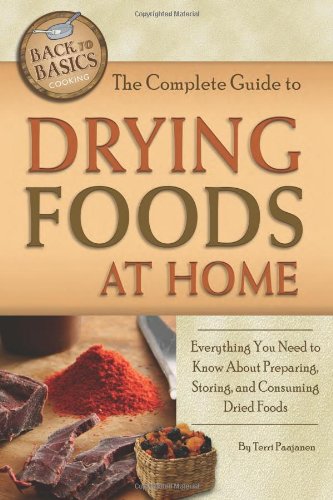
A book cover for The Complete Guide to Drying Foods at Home: Everything You Need to Know about Preparing, Storing, and Consuming Dried Foods (Back to Basics); Terri Paajanen; Cookbooks, Food & Wine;